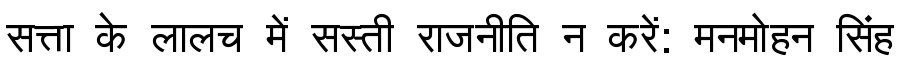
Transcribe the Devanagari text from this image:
सत्ता के लालच में सस्ती राजनीति न करें: मनमोहन सिंह